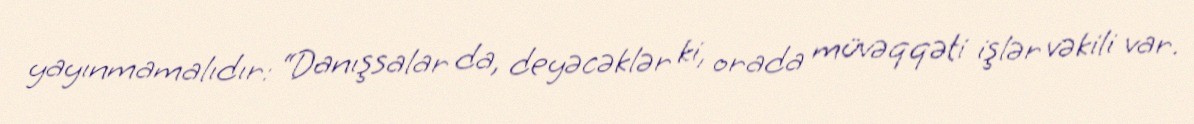
yayınmamalıdır: “Danışsalar da, deyəcəklər ki, orada müvəqqəti işlər vəkili var.